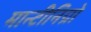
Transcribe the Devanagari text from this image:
मान्टीनिग्रो